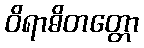
ဝိရာဓိတတ္တော